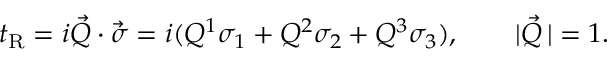
t _ { \mathrm { R } } = i \vec { Q } \cdot \vec { \sigma } = i ( Q ^ { 1 } \sigma _ { 1 } + Q ^ { 2 } \sigma _ { 2 } + Q ^ { 3 } \sigma _ { 3 } ) , \qquad | \vec { Q } \, | = 1 .